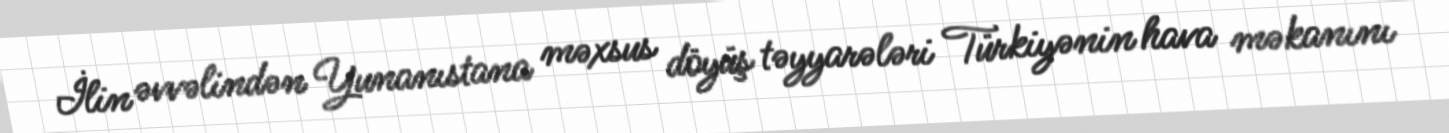
İlin əvvəlindən Yunanıstana məxsus döyüş təyyarələri Türkiyənin hava məkanını